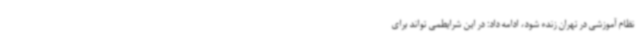
نظام آموزشی در تهران زنده شود، ادامه داد: در این شرایطمی تواند برای